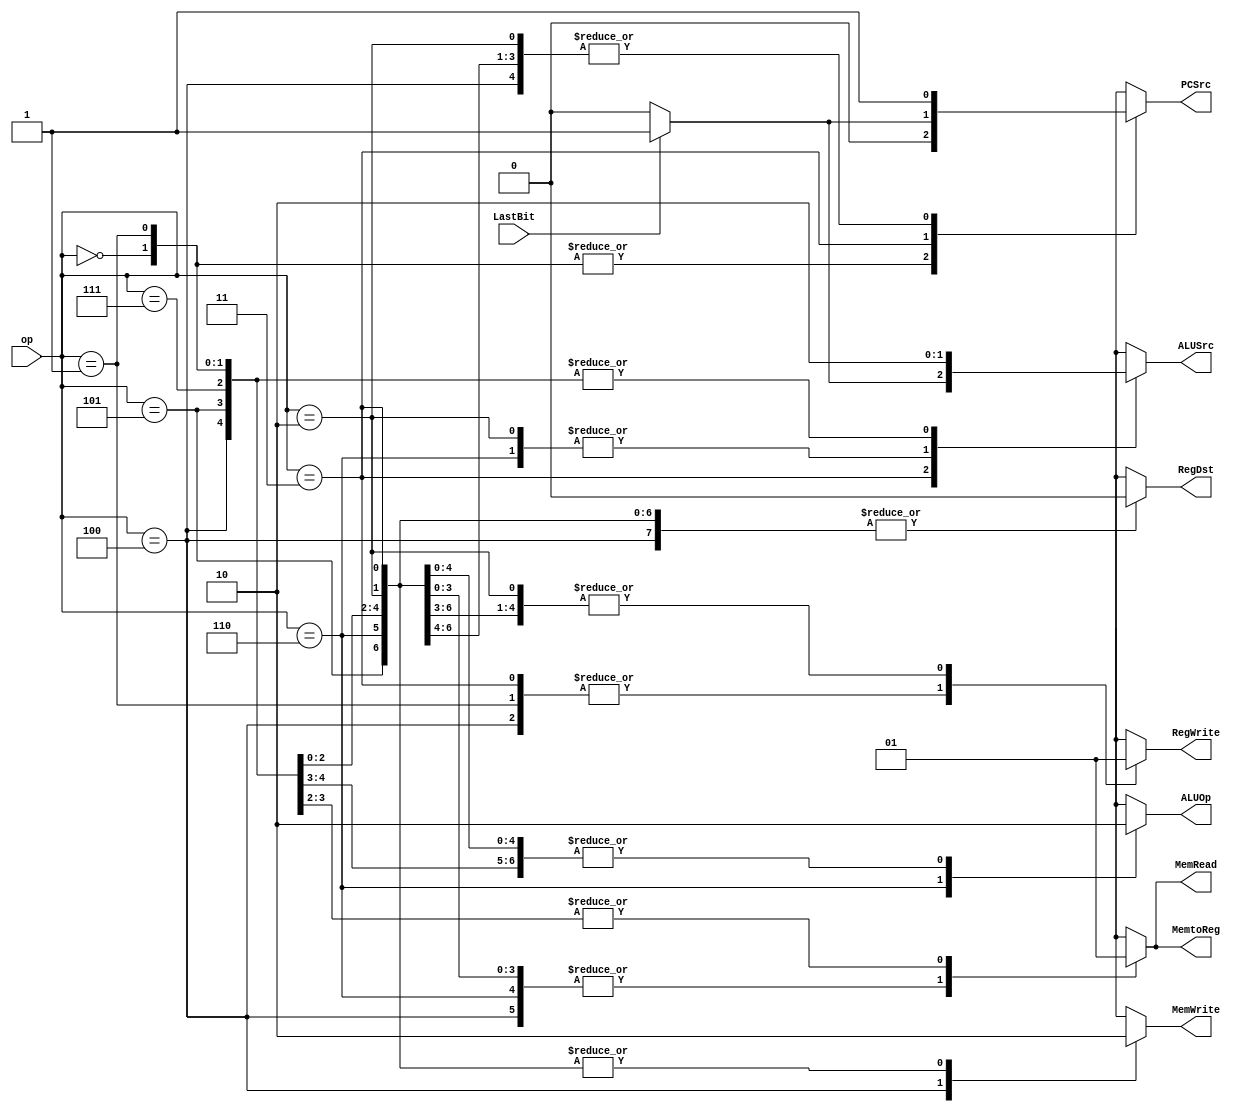
module Control(op,LastBit,MemWrite,MemRead,PCSrc,ALUSrc,ALUOp,RegDst,RegWrite,MemtoReg);
	input [2:0]op;
	input LastBit;
	output reg MemWrite,MemRead,PCSrc,ALUSrc,ALUOp,RegDst,RegWrite,MemtoReg;
	
	always @(op,LastBit) begin
		case(op)
			//jal - fl
			3'b000: begin
					MemWrite <= 0; 
					MemRead <= 0; 
					PCSrc 	<= 0; 
					ALUSrc 	<= 0; 
					ALUOp 	<= 0; 
					RegDst 	<= 0; 
					RegWrite <= 1;
					MemtoReg <= 0;						//x : assumido como 0
			end
			
			//jr - fr
			3'b001: begin
					MemWrite <= 0; 
					MemRead <= 0; 
					PCSrc 	<= 0; 
					ALUSrc 	<= 0; 
					ALUOp 	<= 0; 
					RegDst 	<= 0; 
					RegWrite <= 0;
					MemtoReg <= 0;
			end
			
			//add - sum
			3'b010: begin
					MemWrite <= 0; 
					MemRead <= 0; 
					PCSrc 	<= 1; 
					ALUSrc 	<= 1; 
					ALUOp 	<= 0; 
					RegDst 	<= 0; 
					RegWrite <= 1;
					MemtoReg <= 0;
			end

			//beq - bq
			3'b011: begin
				if(LastBit == 1'b0) begin
					MemWrite <= 0; 
					MemRead <= 0; 
					PCSrc 	<= 0; 
					ALUSrc 	<= 0; 
					ALUOp 	<= 0; 
					RegDst 	<= 0; 
					RegWrite <= 0;
					MemtoReg <= 0;						//x
				end
				
				else begin
					MemWrite <= 0; 
					MemRead <= 0; 
					PCSrc 	<= 1; 
					ALUSrc 	<= 1; 
					ALUOp 	<= 0; 
					RegDst 	<= 0; 
					RegWrite <= 0;
					MemtoReg <= 0;						//x
				end
			end
			
			//sw - sw
			3'b100: begin
					MemWrite <= 1; 
					MemRead <= 0; 
					PCSrc 	<= 1; 
					ALUSrc 	<= 0; 
					ALUOp 	<= 0; 
					RegDst 	<= 0; 
					RegWrite <= 0;
					MemtoReg <= 0;
			end
			
			//lw - lw
			3'b101: begin
					MemWrite <= 0; 
					MemRead <= 1; 
					PCSrc 	<= 1; 
					ALUSrc 	<= 0; 
					ALUOp 	<= 0; 
					RegDst 	<= 0; 
					RegWrite <= 1;
					MemtoReg <= 1;
			end
			
			//xor - xr
			3'b110: begin
					MemWrite <= 0;
					MemRead <= 0; 
					PCSrc 	<= 1; 
					ALUSrc 	<= 1; 
					ALUOp 	<= 1; 
					RegDst 	<= 0; 
					RegWrite <= 1;
					MemtoReg <= 0;
			end
			
			//la - ca
			3'b111: begin
					MemWrite <= 0;
					MemRead <= 1; 
					PCSrc 	<= 1; 
					ALUSrc 	<= 0; 
					ALUOp 	<= 0; 
					RegDst 	<= 0; 
					RegWrite <= 1;
					MemtoReg <= 1;
			end
			
			//halt - ht
			8'b11111111: begin						//últimos 5 bits diferem 'ca' do 'ht'
					MemWrite <= 0;
					MemRead <= 0; 
					PCSrc 	<= 0; 
					ALUSrc 	<= 0; 
					ALUOp 	<= 0; 
					RegDst 	<= 0; 
					RegWrite <= 0;
					MemtoReg <= 0;
			end
	  endcase
	end
endmodule
module ALU(ck,ALUOp,in1,in2,out1,zero);
	input ALUOp,ck;
	input [7:0]in1,in2;
	output reg[7:0]out1;
	output zero;
	assign zero = (out1 == 0);						//caso todos são 0

	always @(ALUOp,in1,in2) begin
		case(ALUOp)
			0: out1 <= in1 + in2;
			1: out1 <= in1 ^ in2;
			
			default: out1 <= 1;
		endcase   
	end
endmodule
module tp9();

endmodule